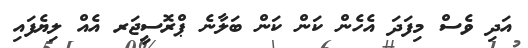
އަދި ވެސް މިފަދަ އެހެން ކަން ކަން ބަލާނެ ޕްރޮސީޖަރ އެއް ލިޔެފައި